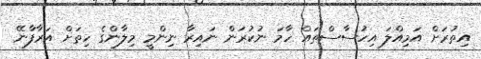
އިތުރަށް އަމިއްލަ އިހުސާސްތައް ހާމަ ނުކުރަން ނައިރާ ނިންމީ މިލާންގެ ހިތަށް އަރާފާނޭ